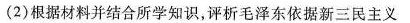
(2)根据材料并结合所学知识，评析毛泽东依据新三民主义